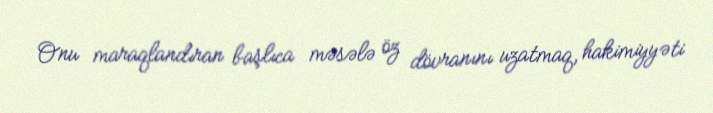
Onu maraqlandıran başlıca məsələ öz dövranını uzatmaq, hakimiyyəti